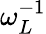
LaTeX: \omega_{L}^{-1}